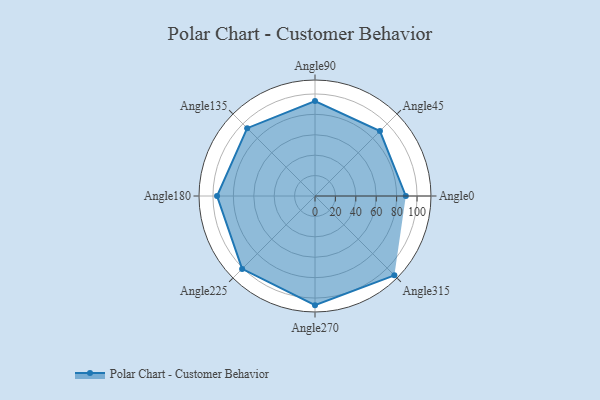
{"axis": {"x": "Angle", "y": "Radius"}, "legend": [""], "data": [{"x": "Angle0", "y": 89.0, "type": ""}, {"x": "Angle45", "y": 90.0, "type": ""}, {"x": "Angle90", "y": 93.0, "type": ""}, {"x": "Angle135", "y": 94.0, "type": ""}, {"x": "Angle180", "y": 96.0, "type": ""}, {"x": "Angle225", "y": 101.0, "type": ""}, {"x": "Angle270", "y": 107.0, "type": ""}, {"x": "Angle315", "y": 110.0, "type": ""}]}